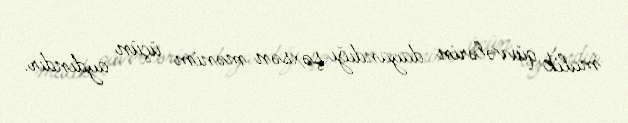
malik qüvvələrin dayandığı şəxsən mənim üçün aydındır.